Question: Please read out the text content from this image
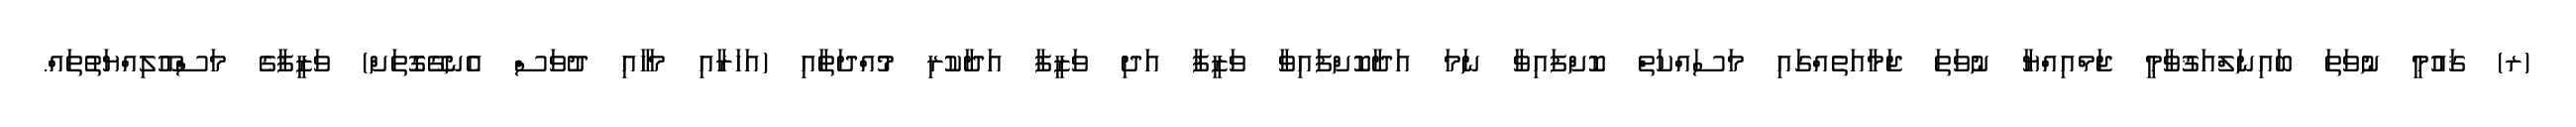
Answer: (ރ) ޤައުމީ ނުވަތަ ބައިނަލްއަޤުވާމީ ޖަމްއިއްޔާ ނުވަތަ ޖަމާއަތެއްގައި މަސައްކަތް ކޮށްފައިވާ ނަމަ އަދާކޮށްފައިވާ ވަޒީފާ އަދި ވަޒީފާ އަދާކުރި މުއްދަތާއި (އަހަރާއި މަހާއި ދުވަސް އެނގޭގޮތަށް) ވަޒީފާގެ މަސްއޫލިއްޔަތުތައް.